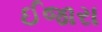
ઈજારા